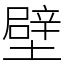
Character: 壁